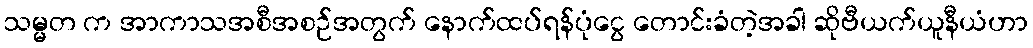
သမ္မတ က အာကာသအစီအစဉ်အတွက် နောက်ထပ်ရန်ပုံငွေ တောင်းခံတဲ့အခါ ဆိုဗီယက်ယူနီယံဟာ